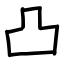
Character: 凸